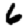
Digit: 6